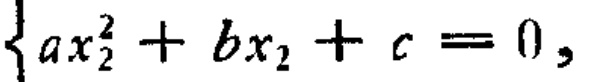
$\left\{ax_{2}^{2}+bx_{2}+c = 0,\right.$